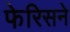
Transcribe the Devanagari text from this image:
फेरिसने